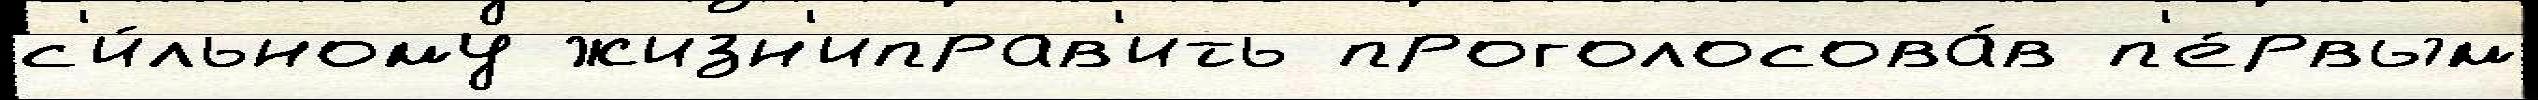
с'и́льному жизн'иправ'ить проголосова́в п'е́рвым